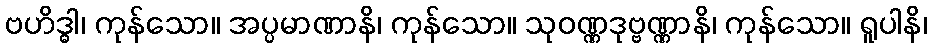
ဗဟိဒ္ဓါ၊ ကုန်သော။ အပ္ပမာဏာနိ၊ ကုန်သော။ သုဝဏ္ဏဒုဗ္ဗဏ္ဏာနိ၊ ကုန်သော။ ရူပါနိ၊